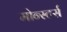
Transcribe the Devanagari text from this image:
मोन्स्टर्स